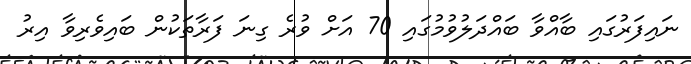
ނައިފަރުގައި ބާއްވާ ބައްދަލުވުމުގައި 70 އަށް ވުރެ ގިނަ ފަރާތަކުން ބައިވެރިވާ އިރު